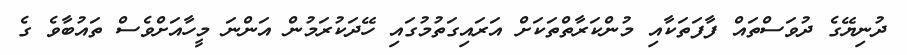
ދުނިޔޭގެ ދުވަސްތައް ފާފަތަކާއި މުންކަރާތްތަކަށް އަރައިގަތުމުގައި ހޭދަކުރަމުން އަންނަ މީހާއަށްވެސް ތައުބާވެ ގެ